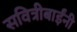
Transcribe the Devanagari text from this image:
सवित्रीबाईंनी